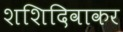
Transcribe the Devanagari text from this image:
शशिदिवाकर